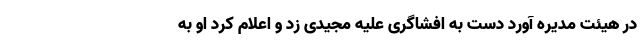
در هیئت مدیره آورد دست به افشاگری علیه مجیدی زد و اعلام کرد او به